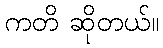
ကတိ ဆိုတယ်။